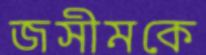
জসীমকে